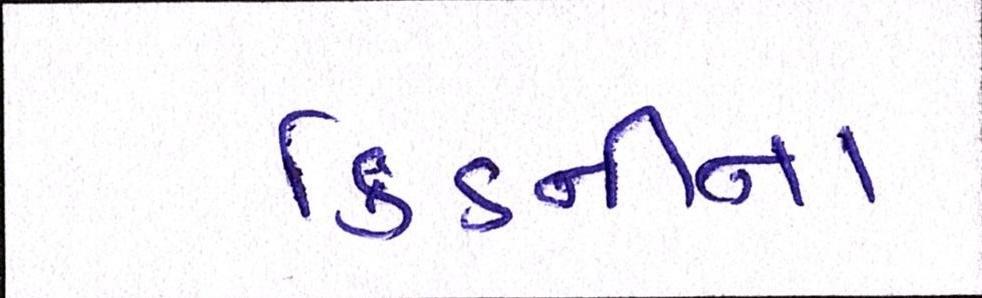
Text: કિડનીના